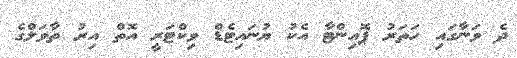
ދެ ވަނާގައި ހަތަރު ޕޮއިންޓާ އެކު ޔުނައިޓެޑް ވިކްޓަރީ އޮތް އިރު ތާވަލްގެ